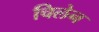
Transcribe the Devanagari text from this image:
चिलेन